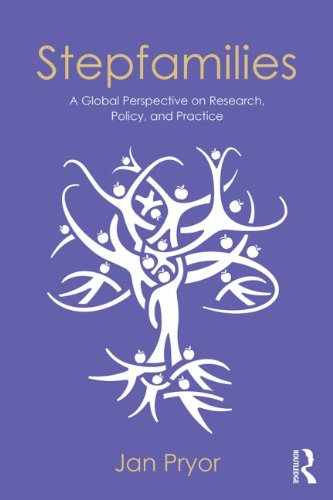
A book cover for Stepfamilies: A Global Perspective on Research, Policy, and Practice (Textbooks in Family Studies); Jan Pryor; Parenting & Relationships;